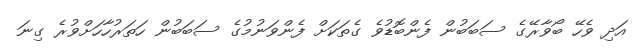
އަދި ވެހޭ ބޯވާރޭގެ ސަބަބުން ފެންބޮޑުވެ ގެތަކަށް ފެންވަނުމުގެ ސަބަބުން ހަތަރުހާހަށްވުރެ ގިނަ